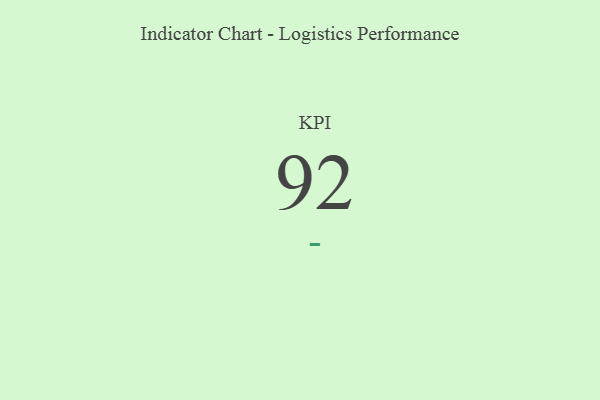
{"axis": {"x": "KPI", "y": "Value"}, "legend": [""], "data": [{"x": "KPI", "y": 92, "type": ""}]}